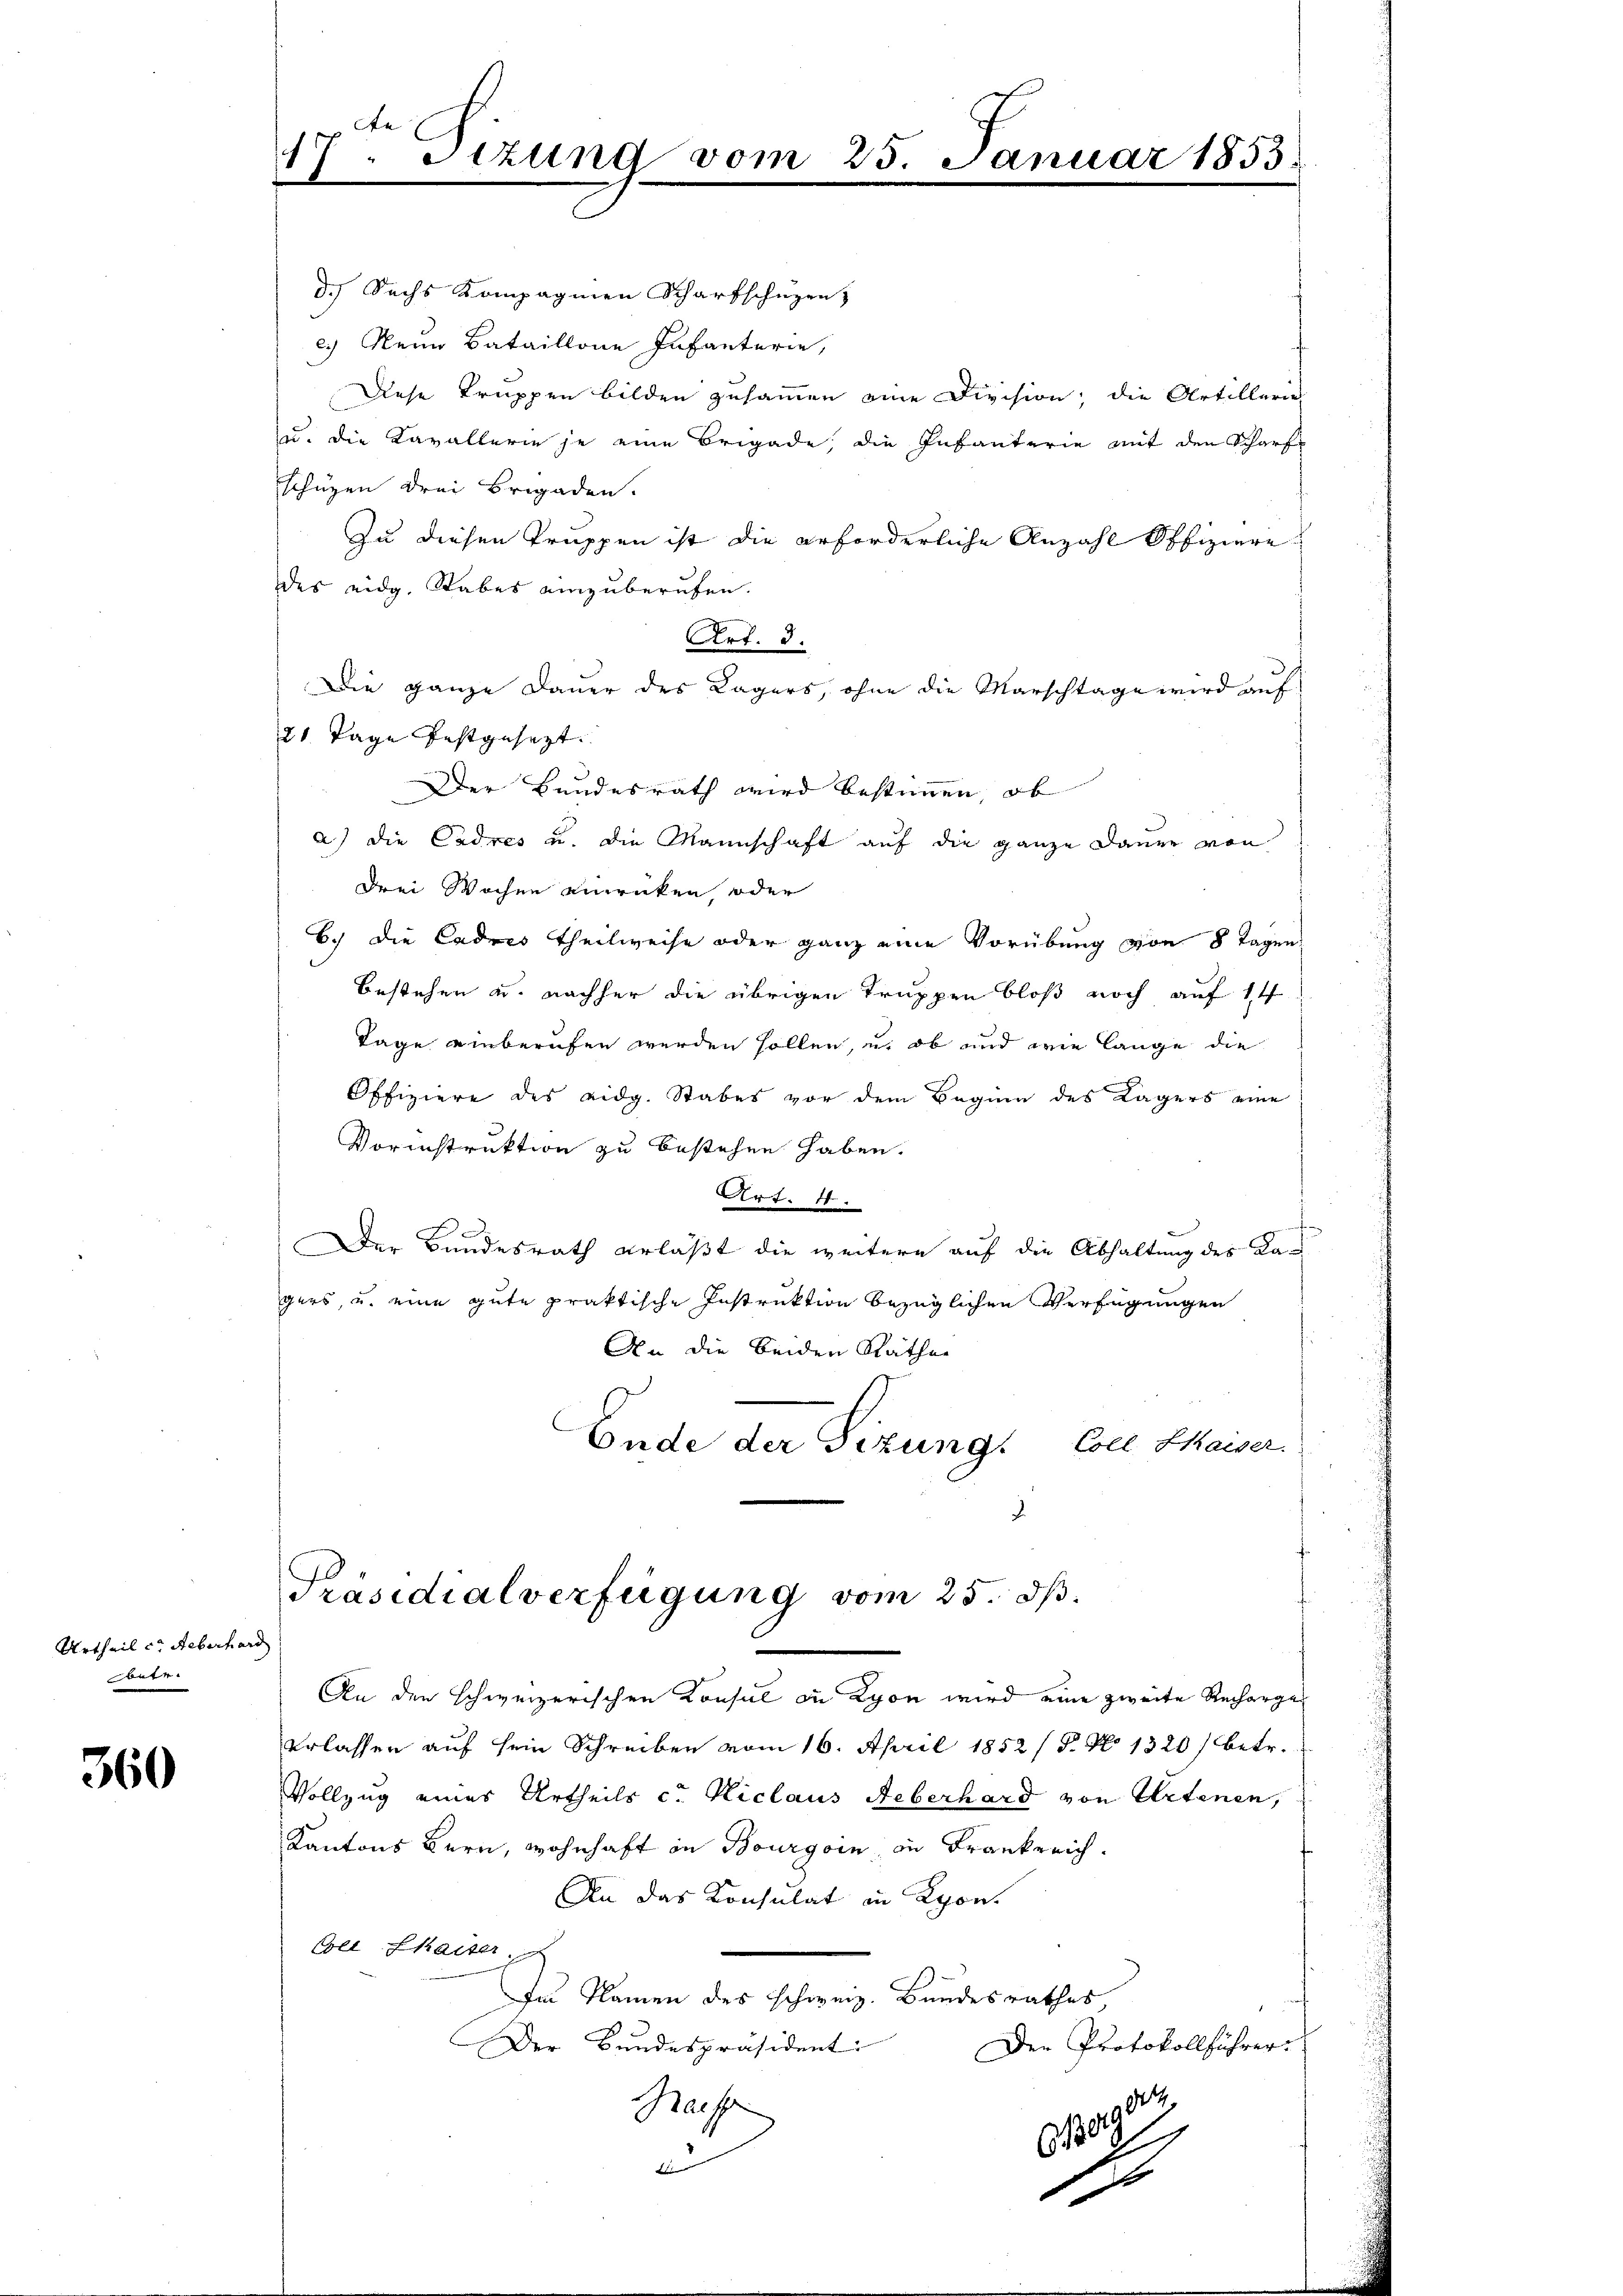
Urtheil c. Feberhard
betr.

360

17. Sizung vom

25. Januar 1853.

d.) Sachs Kompagnien Scharfschüzen
c. Nein Bataillone Infanterie,
Diese Truppen bilden zusammen eine Division, die Artillerin
zu, die Kavallerie je eine Brigade, die Infanterie mit den Scharf
schüzen drei Brigaden.
Zu diesen Truppen ist die erforderliche Anzahl Offiziere
des eidg. Stabes einzuberufen.
Art. 3.
Die ganze Dauer des Lagers, ohne die Marschtage wird auf
21 Tage festgesezt.
Der Bundesrath wird bestimmen, ob
a.) die Cadres u. die Mannschaft auf die ganze Dauer von
Drei Wochen einrücken, oder
6.) Die Cadres Theilweise oder ganz eine Vorübung von 8 Tagen
bestehen u. nachher die übrigen Truppen bloß noch auf 14
Tage einberufen werden sollen, u. ob und wie lange die
Offiziere des eidg. Stabes vor dem Beginn des Lagers eine
Vorinstruktion zu bestehen haben.
Art. 1
Der Bundesrath erläßt die weitere auf die Abhaltung des Kagers, u. eine gute praktische Instruktion bezüglichen Verfügungen
An die beiden Räthen
Ende der Sizung. Coel Kaiser.
Präsidialverfügung vom 25. dβ.
An den schweizerischen Konsul in Lyon wird eine zweite Recharge
erlassen auf sein Schreiben vom 16. April 1852 / P. No 1320) betr.
Vollzug eines Urtheils c. Niclaus Aeberhard von Artenen,
Kantons Bern, wohnhaft in Bourgoin in Frankreich.
An das Konsulat in Lyon.
be Chaiter
Im Namen des schweiz. Bundesrathes
Der Bundespräsident
Der Protokollführer
90
Raiffe
1
10
2
1

.